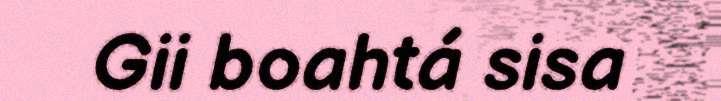
Gii boahtá sisa